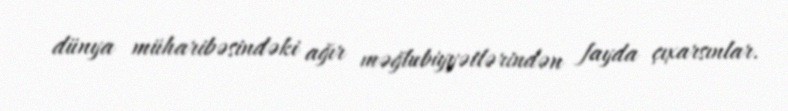
dünya müharibəsindəki ağır məğlubiyyətlərindən fayda çıxarsınlar.